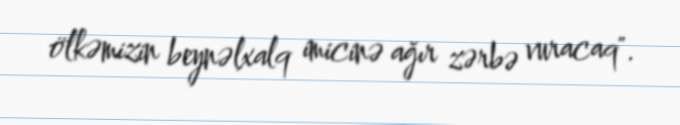
ölkəmizin beynəlxalq imicinə ağır zərbə vuracaq".